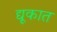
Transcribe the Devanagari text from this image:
द्यूकात